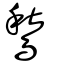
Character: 鶖